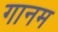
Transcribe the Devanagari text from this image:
गानम